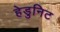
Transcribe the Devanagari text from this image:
हेडुनिट